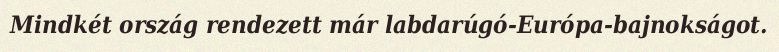
Mindkét ország rendezett már labdarúgó-Európa-bajnokságot.